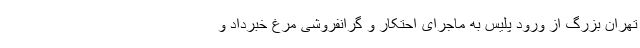
تهران بزرگ از ورود پلیس به ماجرای احتکار و گرانفروشی مرغ خبرداد و